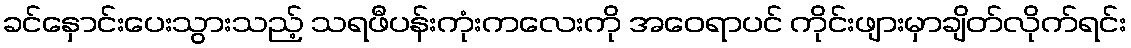
ခင်နှောင်းပေးသွားသည့် သရဖီပန်းကုံးကလေးကို အဝေရာပင် ကိုင်းဖျားမှာချိတ်လိုက်ရင်း